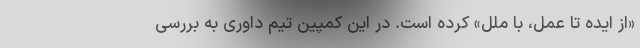
«از ایده تا عمل، با ملل» کرده است. در این کمپین تیم داوری به بررسی